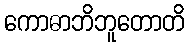
ကောဓာဘိဘူတောတိ